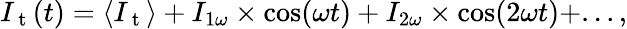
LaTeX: I_{\mathrm{~t~}}(t)=\langle I_{\mathrm{~t~}}\rangle+I_{1\omega}\times\cos(\omega t)+I_{2\omega}\times\cos(2\omega t)+...,